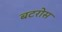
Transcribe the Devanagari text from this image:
बटरोस